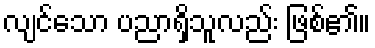
လျင်သော ပညာရှိသူလည်း ဖြစ်၏။